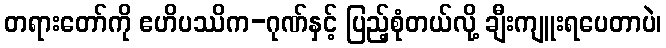
တရားတော်ကို ဧဟိပဿိက-ဂုဏ်နှင့် ပြည့်စုံတယ်လို့ ချီးကျူးရပေတာပဲ၊